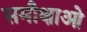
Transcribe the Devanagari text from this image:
समीक्षाओ